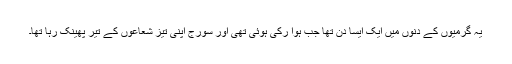
یہ گرمیوں کے دنوں میں ایک ایسا دن تھا جب ہوا رکی ہوئی تھی اور سورج اپنی تیز شعاعوں کے تیر پھینک رہا تھا۔